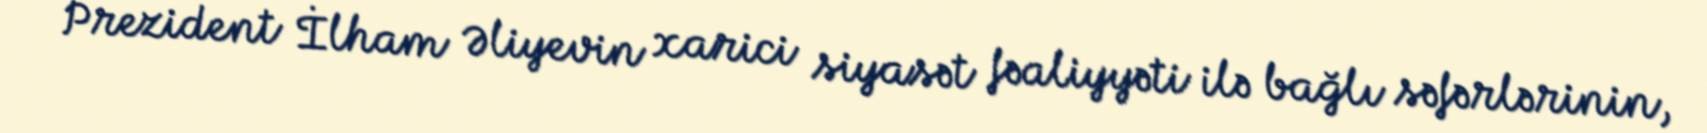
Prezident İlham Əliyevin xarici siyasət fəaliyyəti ilə bağlı səfərlərinin,